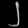
Digit: ၂